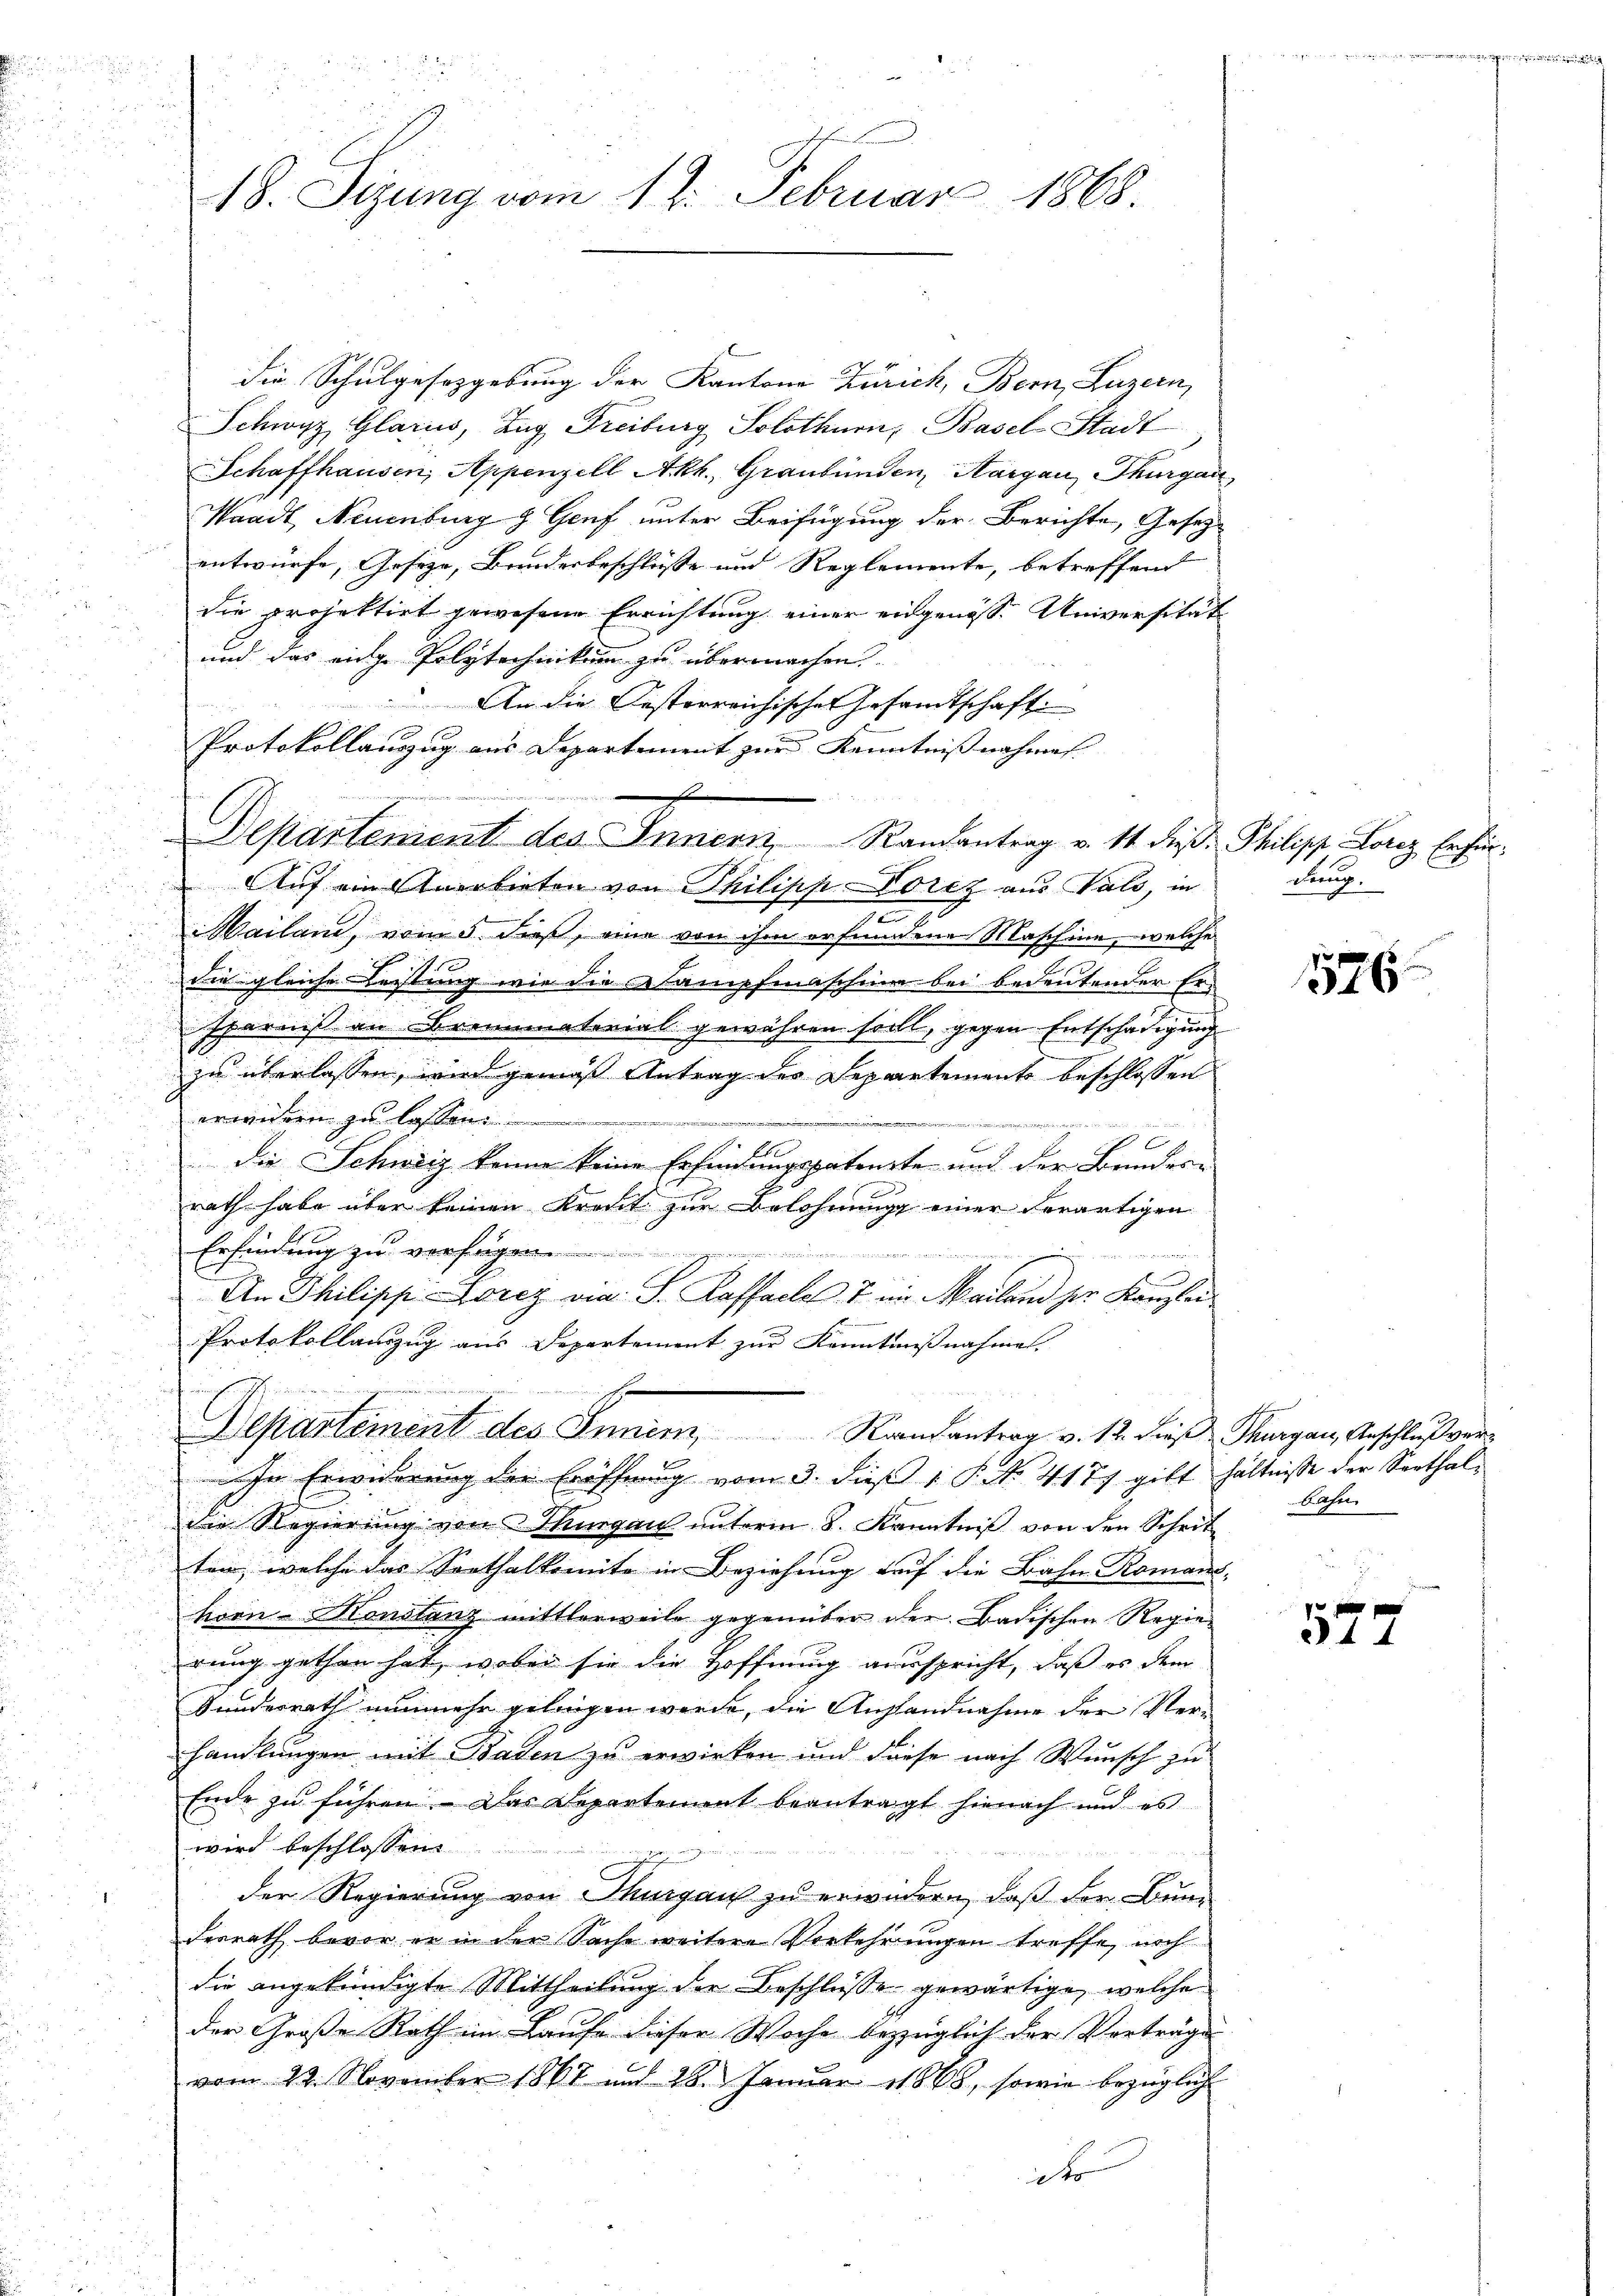
18. Sezung vom 12. Februar 1868.

die Schulgesetzgebung der Kantone Zürich, Bern, Luzern,
Schwyz, Glarus, Zug Freiburg Solothurn, Basel-Stadt
Schaffhausen, Appenzell Akh., Graubünden, Aargau, Thurgau,
Waadt, Neuenburg z. Genf unter Beifügung der Berichte, Gesezentwürfe, Geseze, Bundesbeschlüsse und Reglemente, betreffend
die projektirt gewesene Errichtung einer eidgenöss. Universität
und das eige Polytechnikum zu übermachen
An die Oesterreichisches Gesamtschaft
Protokollauszug aus Departement zur Kenntnissnahmes |

 Auf ein Anerbieten von Philipp orez aus als, in
Mailand, vom 5. dieß, eine von ihm erfundene Maschine, welche
die gleiche Leistung wie die Lampfmaschine bei bedeutender Er-
sparnis an Brennmaterial gewähren soll, gegen Entschädigung
zu überlassen, wird gemäß Antrag der Departemente beschlossen
erwidern zu lassen.
a 147, Gerich an die und der in der
.
x
b
die Schweiz kenne keine Erfindungspatente und der Bundern
rath habe über keinen Kreut zur Belohnung einer derartigen
Erfindung zu versagen
d
1
6
An Philipp Gorez via: S. Kaffacle 7 im Mailand ser Kanzlei
Protokollauszug aus Departement zur Kenntnißnahme.
Departement des Inner, Randantrag v. 12. dieß Thurgau, Aeschluß ver¬
In Erwiderung der Eröffnung vom 3. dieß 1 P. No. 4177 gibt hältnisse der Sorthaldie Regierung von Thurgau unterm 8. Kenntniß von den Schrit
ten, welche das Sorthalkomite in Beziehung auf die Bahn Romand
hioen-Honstanz mittlerweile gegenüber der Badischen Regierung gethan hat, wobei sie die Hoffnung ausspricht, daß er dem
Kundesrath nunmehr gelingen werde, die Anstandnahme der Verhandlungen mit Baden zu erwirken und diese nach Wunsch zu
Ende zu führen. Das Departement beantragt hienach und es
wird beschlossen:

g
der Regierung von Thurgaus zu erwidern, daß der Bundesrath bevor er in der Sache weitere Vorkehrungen treffe, noch
die angekündigte Mittheilung der Beschlüsse gewärtige, welche
der Große Rath im Laufe dieser Woche bezüglich der Verträge
vom 22. November 1867 und 28. Januar 1868, sowie bezüglich

Departenient des Innern Randantrag v. 14 dieß. Philipp Lorez Erfür¬

derung.

1576

Hafer

577

e